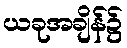
ယခုအချိန်၌